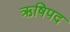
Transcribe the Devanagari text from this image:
ऋषिपद